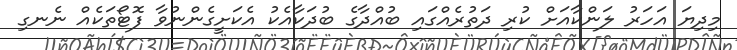
މިދިޔަ އަހަރު ލަންކާއަށް ކުރި ދަތުރެއްގައި ބުއްދާގެ ބުދަކާއެކު އެކަށީގެންނުވާ ފޮޓޯތަކެއް ނެނގި